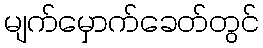
မျက်မှောက်ခေတ်တွင်